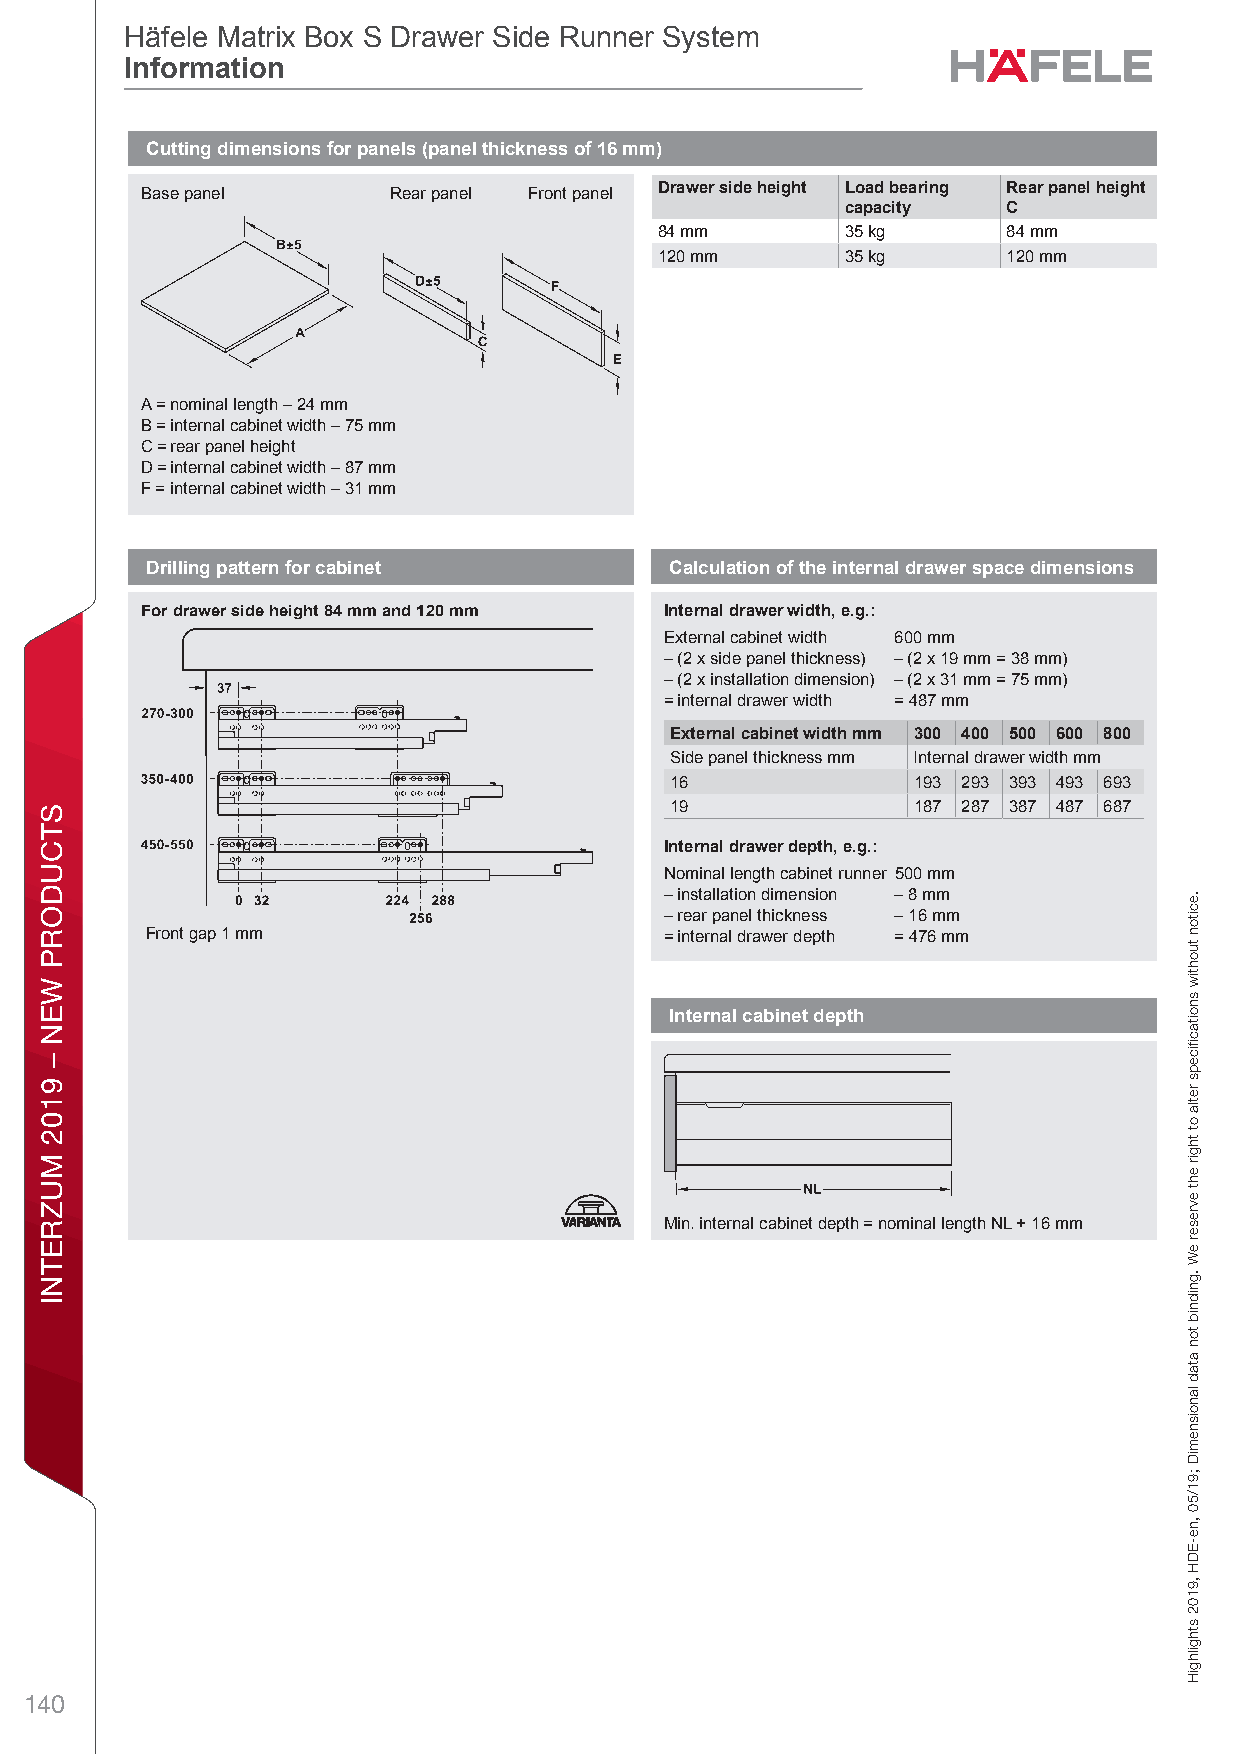
Häfele Matrix Box S Drawer Side Runner System
 Information
 Cutting dimensions for panels (panel thickness of 16 mm)
 Drawer side height Load bearing Rear panel height
 Base panel       Rear panel Front panel
 capacity   C
 84 mm       35 kg      84 mm
 120 mm      35 kg      120 mm
 A = nominal length – 24 mm
 B = internal cabinet width – 75 mm
 C = rear panel height
 D = internal cabinet width – 87 mm
 F = internal cabinet width – 31 mm
 Drilling pattern for cabinet      Calculation of the internal drawer space dimensions
 For drawer side height 84 mm and 120 mm Internal drawer width, e.g.:
 External cabinet width 600 mm
 – (2 x side panel thickness) – (2 x 19 mm = 38 mm)
 – (2 x installation dimension) – (2 x 31 mm = 75 mm)
 = internal drawer width = 487 mm
 External cabinet width mm 300 400 500 600 800
 Side panel thickness mm Internal drawer width mm
 16              193 293 393 493 693
 19              187 287 387 487 687
 Internal drawer depth, e.g.:
 Nominal length cabinet runner 500 mm
 – installation dimension – 8 mm
 – rear panel thickness – 16 mm
 Front gap 1 mm                    = internal drawer depth = 476 mm
 Internal cabinet depth
 Min. internal cabinet depth = nominal length NL + 16 mm
 140
 STCUDORP
 WEN
 –
 9102
 MUZRETNI
 gnixiF
 tnorF
 rooD
 rof
 tuO
 lluP
 dna
 rew.eacitroDn
 tuohtiw
 snoitacfiiceps
 retla
 ot
 thgir
 eht
 evreser
 eW
 .gnidnib
 ton
 atad
 lanoisnemiD
 ;91/50
 ,ne-EDH
 ,9102
 sthgilhgiH